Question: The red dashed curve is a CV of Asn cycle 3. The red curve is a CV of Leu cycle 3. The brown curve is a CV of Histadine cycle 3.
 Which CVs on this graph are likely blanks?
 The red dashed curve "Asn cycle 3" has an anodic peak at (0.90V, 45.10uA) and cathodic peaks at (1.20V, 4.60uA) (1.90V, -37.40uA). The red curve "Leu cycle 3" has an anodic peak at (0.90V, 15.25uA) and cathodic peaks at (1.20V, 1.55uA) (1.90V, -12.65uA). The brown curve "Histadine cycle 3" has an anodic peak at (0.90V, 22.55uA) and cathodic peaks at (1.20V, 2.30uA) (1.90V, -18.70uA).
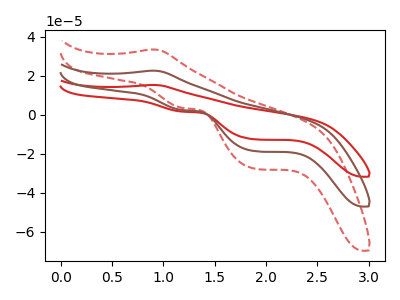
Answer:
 <answer>There are not any CV's on this graph that are likely to be blanks.</answer>
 <eval>none</eval>